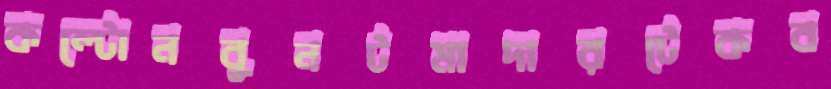
কল্টোনবুনটমাদারটেকব